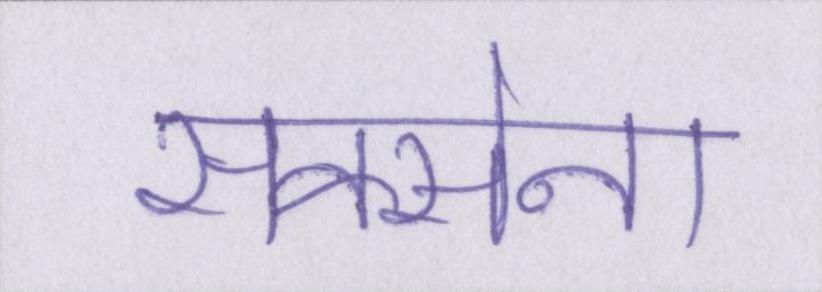
सक्सेना